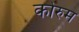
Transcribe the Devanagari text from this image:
कोरुम